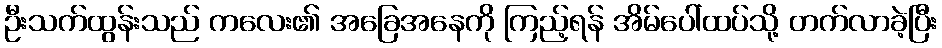
ဦးသက်ထွန်းသည် ကလေး၏ အခြေအနေကို ကြည့်ရန် အိမ်ပေါ်ထပ်သို့ တက်လာခဲ့ပြီး